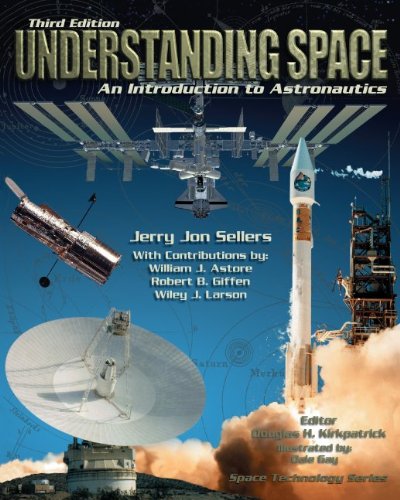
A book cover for Understanding Space: An Introduction to Astronautics, 3rd Edition (Space Technology); Jerry Jon Sellers; Engineering & Transportation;